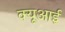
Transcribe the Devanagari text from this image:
क्यूआई